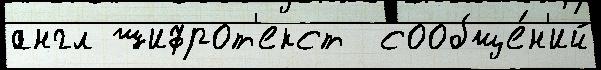
англ шифрот'екст  сообще́н'ий